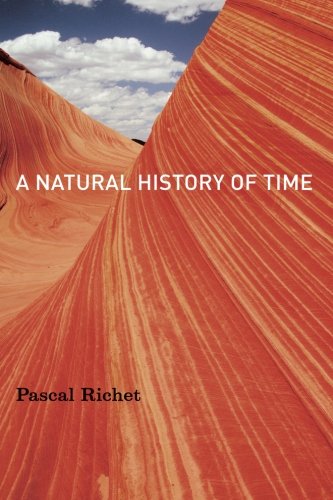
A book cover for A Natural History of Time; Pascal Richet; Science & Math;